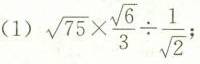
(1) $$\sqrt { 7 5 } \times \frac { \sqrt { 6 } } { 3 } \div \frac { 1 } { \sqrt { 2 } }$$；